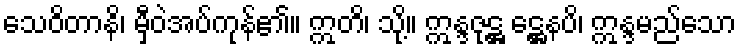
သေဝိတာနိ၊ မှီဝဲအပ်ကုန်၏။ ဣတိ၊ သို့။ ဣန္ဒဇုဋ္ဌ ဋ္ဌေနပိ၊ ဣန္ဒမည်သော